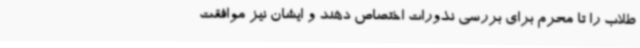
طلاب را تا محرم برای بررسی نذورات اختصاص دهند و ایشان نیز موافقت